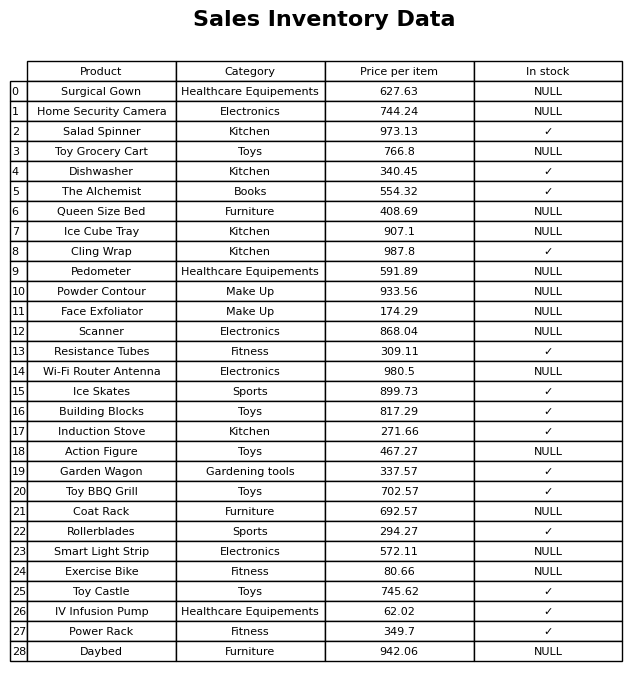
question: What is the price of the Garden Wagon?
answer: The price of Garden Wagon is 337.57.